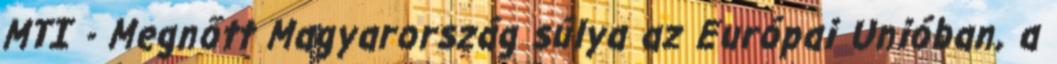
MTI - Megnőtt Magyarország súlya az Európai Unióban, a